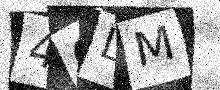
Text: 4QLM